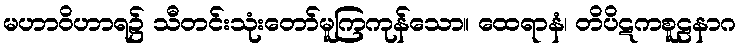
မဟာဝိဟာရ၌ သီတင်းသုံးတော်မူကြကုန်သော။ ထေရာနံ၊ တိပိဋကစူဠနာဂ